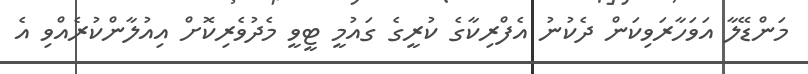
މަންޑޭލާ އަވަހާރަވިކަން ދެކުނު އެފްރިކާގެ ކުރީގެ ގައުމީ ޓީވީ މެދުވެރިކޮށް އިއުލާންކުރެއްވި އެ